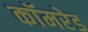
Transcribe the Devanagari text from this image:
काॅमरेड